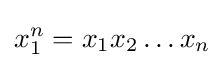
x_{1}^{n}=x_{1}x_{2}\dots x_{n}